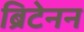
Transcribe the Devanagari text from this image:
ब्रिटेनन